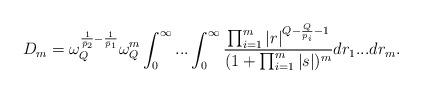
LaTeX: \begin{align*}D_m=\omega_Q^{\frac{1}{\bar{p}_2}-\frac{1}{\bar{p}_1}}\omega_Q^m\int_0^\infty...\int_0^\infty\frac{\prod_{i=1}^m|r|^{Q-\frac{Q}{p_i}-1}}{(1+\prod_{i=1}^m|s|)^m}dr_1...dr_m.\end{align*}